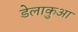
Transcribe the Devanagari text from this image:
डेलाकुआ